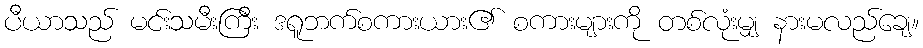
ပီယာသည် မင်းသမီးကြီး ဒရူဘက်စကားယား၏ စကားများကို တစ်လုံးမျှ နားမလည်ချေ။